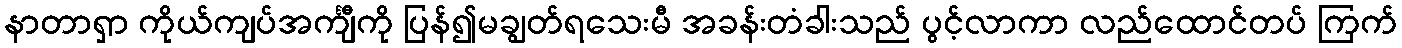
နာတာရှာ ကိုယ်ကျပ်အင်္ကျီကို ပြန်၍မချွတ်ရသေးမီ အခန်းတံခါးသည် ပွင့်လာကာ လည်ထောင်တပ် ကြက်